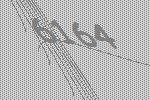
6164